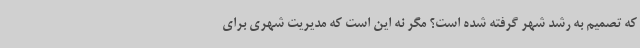
که تصمیم به رشد شهر گرفته شده است؟ مگر نه این است که مدیریت شهری برای